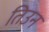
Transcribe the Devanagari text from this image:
तिउन